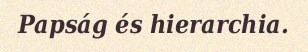
Papság és hierarchia.